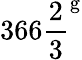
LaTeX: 366{\frac{2}{3}}^{\mathrm{g}}